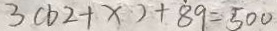
3 ( b 2 + x ) + 8 9 = 5 0 0